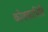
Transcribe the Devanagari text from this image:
कोशकाभित्ति